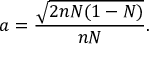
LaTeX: a = \frac { \sqrt { 2 n N ( 1 - N ) } } { n N } .